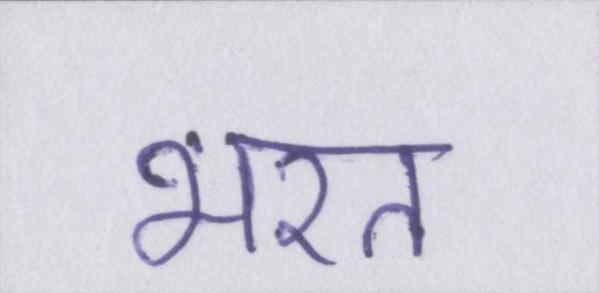
भरत